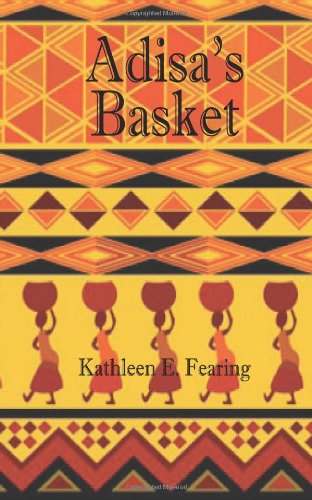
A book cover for Adisa's Basket; Kathleen E Fearing; Teen & Young Adult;